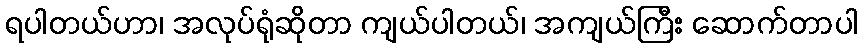
ရပါတယ်ဟာ၊ အလုပ်ရုံဆိုတာ ကျယ်ပါတယ်၊ အကျယ်ကြီး ဆောက်တာပါ